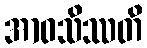
အာဝသိဿတိ